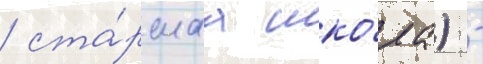
/ ста́ршаа шко́ла) -